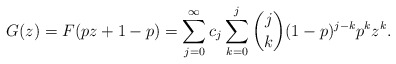
\begin{align*}G(z)= F(pz+1-p)= \sum_{j=0}^\infty c_{j} \sum_{k=0}^j \binom{j}{k} (1-p)^{j-k}p^k z^k.\end{align*}